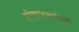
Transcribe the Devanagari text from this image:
संचालकमंडल